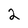
Character: 2